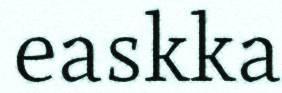
easkka